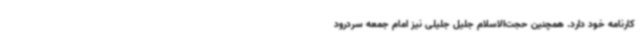
کارنامه خود دارد. همچنین حجت‌الاسلام جلیل جلیلی نیز امام جمعه سردرود